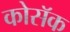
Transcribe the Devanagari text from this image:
कोसॅक